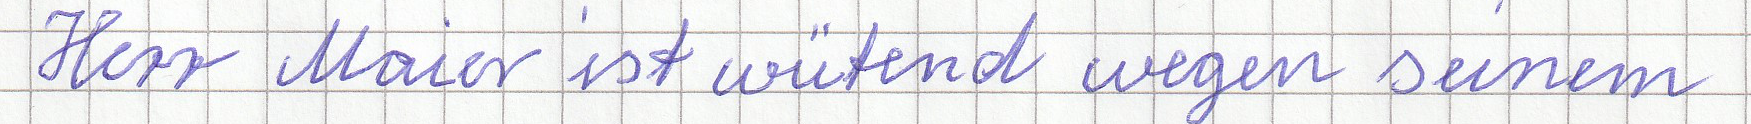
Herr Maier ist wütend wegen seinem